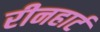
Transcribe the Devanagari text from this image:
रीनहार्ट